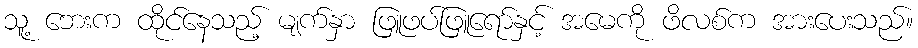
သူ့ ဘေးက ထိုင်နေသည့် မျက်နှာ ဖြူဖပ်ဖြူရော်နှင့် အမေကို ဖိလစ်က အားပေးသည်။